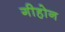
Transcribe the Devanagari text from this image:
गीहोन